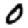
Digit: 0